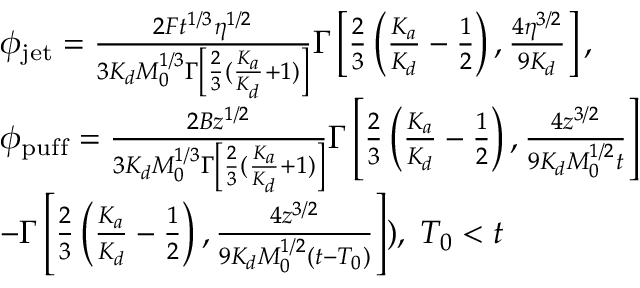
\begin{array} { r l } & { \phi _ { \mathrm { j e t } } = \frac { 2 F t ^ { 1 / 3 } \eta ^ { 1 / 2 } } { 3 K _ { d } M _ { 0 } ^ { 1 / 3 } \Gamma \left[ \frac { 2 } { 3 } ( \frac { K _ { a } } { K _ { d } } + 1 ) \right] } \Gamma \left[ \frac { 2 } { 3 } \left( \frac { K _ { a } } { K _ { d } } - \frac { 1 } { 2 } \right) , \frac { 4 \eta ^ { 3 / 2 } } { 9 K _ { d } } \right] , } \\ & { \phi _ { \mathrm { p u f f } } = \frac { 2 B z ^ { 1 / 2 } } { 3 K _ { d } M _ { 0 } ^ { 1 / 3 } \Gamma \left[ \frac { 2 } { 3 } ( \frac { K _ { a } } { K _ { d } } + 1 ) \right] } \Gamma \left[ \frac { 2 } { 3 } \left( \frac { K _ { a } } { K _ { d } } - \frac { 1 } { 2 } \right) , \frac { 4 z ^ { 3 / 2 } } { 9 K _ { d } M _ { 0 } ^ { 1 / 2 } t } \right] } \\ & { - \Gamma \left[ \frac { 2 } { 3 } \left( \frac { K _ { a } } { K _ { d } } - \frac { 1 } { 2 } \right) , \frac { 4 z ^ { 3 / 2 } } { 9 K _ { d } M _ { 0 } ^ { 1 / 2 } ( t - T _ { 0 } ) } \right] ) , \; T _ { 0 } < t } \end{array}